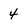
Character: 4